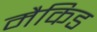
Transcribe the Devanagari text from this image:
मैकिड